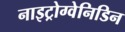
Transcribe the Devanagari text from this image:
नाइट्रोग्वेनिडिन